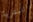
للبشرية